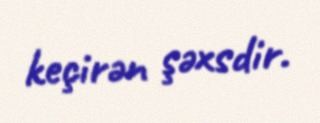
keçirən şəxsdir.